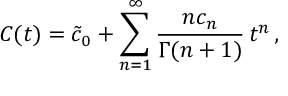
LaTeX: C ( t ) = { \tilde { c } _ { 0 } } + \sum _ { n = 1 } ^ { \infty } \frac { n c _ { n } } { \Gamma ( n + 1 ) } \, t ^ { n } \, ,